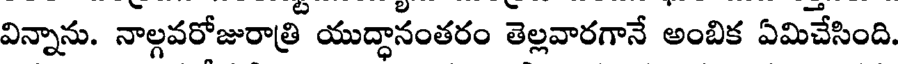
విన్నాను. నాల్గవరోజురాత్రి యుద్ధానంతరం తెల్లవారగానే అంబిక ఏమిచేసింది.